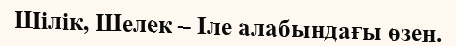
Шілік, Шелек – Іле алабындағы өзен.